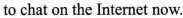
to chat on the Internet now.